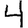
Digit: 4